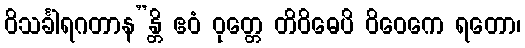
ဝိသင်္ခါရဂတာန”န္တိ ဧဝံ ဝုတ္တေ တိဝိဓေပိ ဝိဝေကေ ရတော၊